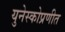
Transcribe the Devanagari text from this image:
युनेस्कोप्रणीत